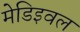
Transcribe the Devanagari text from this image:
मेडिइवल